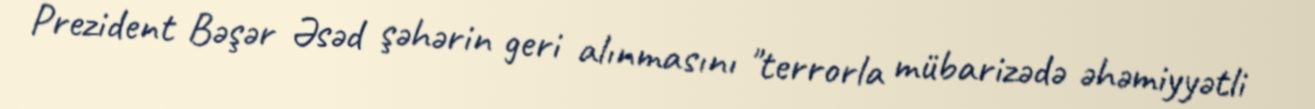
Prezident Bəşər Əsəd şəhərin geri alınmasını "terrorla mübarizədə əhəmiyyətli